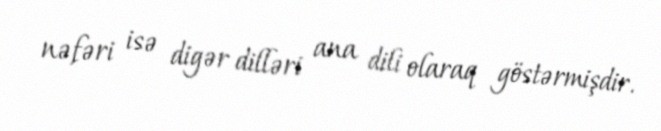
nəfəri isə digər dilləri ana dili olaraq göstərmişdir.